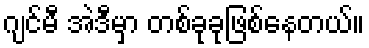
ဂျင်မီ အဲဒီမှာ တစ်ခုခုဖြစ်နေတယ်။